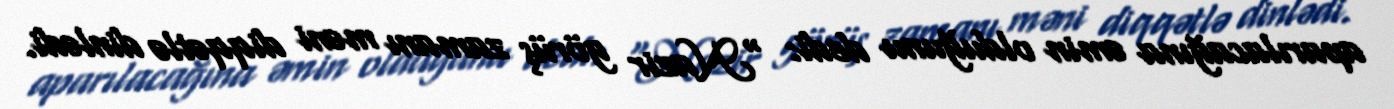
aparılacağına əmin olduğunu dedi: “Nazir görüş zamanı məni diqqətlə dinlədi.